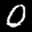
Label: 0